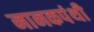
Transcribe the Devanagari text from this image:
नानकपंथी